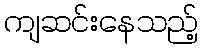
ကျဆင်းနေသည့်